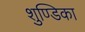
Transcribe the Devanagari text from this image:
शुण्डिका